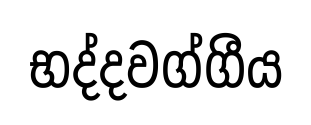
භද්දවග්ගීය